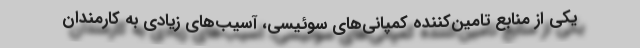
یکی از منابع تامین‌کننده کمپانی‌های سوئیسی، آسیب‌های زیادی به کارمندان